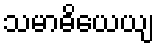
သမာဓိယေယျ